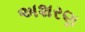
અશરણ